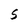
Character: S